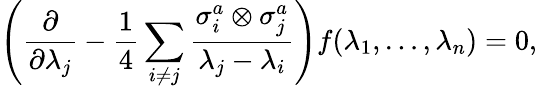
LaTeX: \left({\frac{\partial}{\partial\lambda_{j}}}-{\frac{1}{4}}\sum_{i\neq j}{\frac{\sigma_{i}^{a}\otimes\sigma_{j}^{a}}{\lambda_{j}-\lambda_{i}}}\right)f(\lambda_{1},\ldots,\lambda_{n})=0,